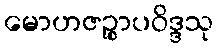
မောဟဇဉ္စာပဝိဒ္ဒသု